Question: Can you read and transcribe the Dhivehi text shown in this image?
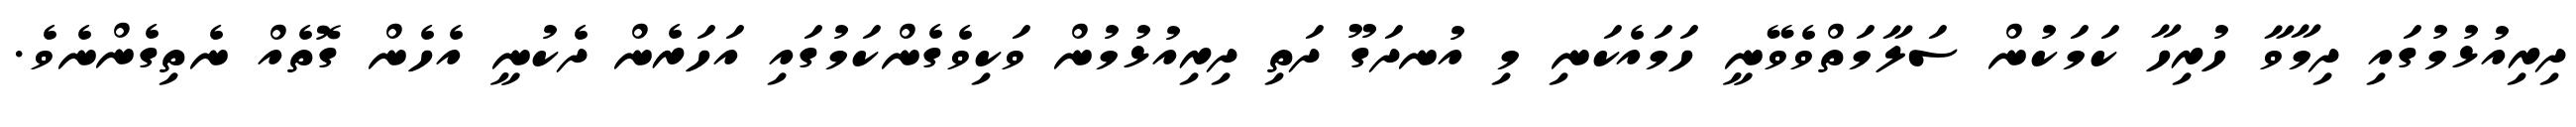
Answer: ދިރިއުޅުމުގައި ދިމާވާ ހުރިހާ ކަމަކުން ސަލާމަތްވެވޭނީ ހަމައެކަނި މި އުނދަގޫ ދަތި ދިރިއުޅުމުން ވަކިވެގެންކަމުގައި އަހަރެން ދެކުނީ އެހެން ގޮތެއް ނެތިގެންނެވެ.